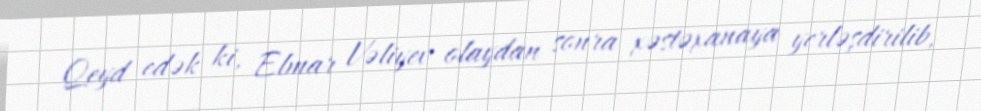
Qeyd edək ki, Elmar Vəliyev olaydan sonra xəstəxanaya yerləşdirilib,